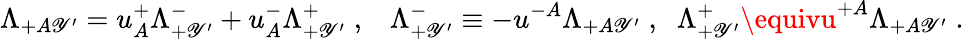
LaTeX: \Lambda_{+A\mathscr{Y}^{\prime}}=u_{A}^{+}\Lambda_{+\mathscr{Y}^{\prime}}^{-}+u_{A}^{-}\Lambda_{+\mathscr{Y}^{\prime}}^{+}\; ,\; \; \; \Lambda_{+\mathscr{Y}^{\prime}}^{-}\equiv-u^{-A}\Lambda_{+A\mathscr{Y}^{\prime}}\; ,\; \; \Lambda_{+\mathscr{Y}^{\prime}}^{+}\equivu^{+A}\Lambda_{+A\mathscr{Y}^{\prime}}\; .